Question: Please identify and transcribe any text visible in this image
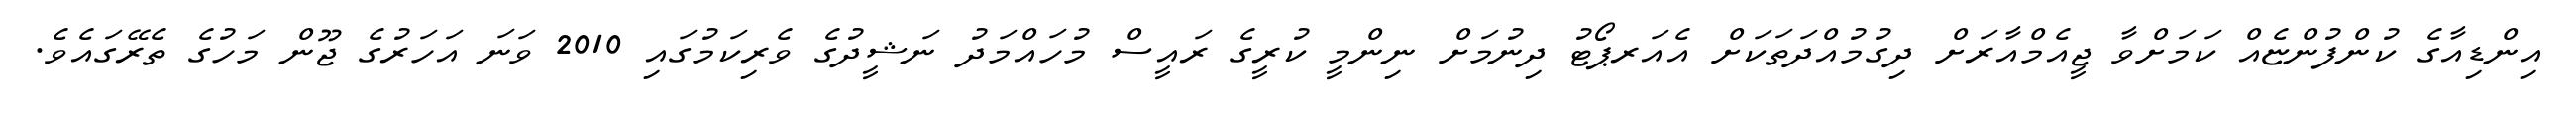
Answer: އިންޑިއާގެ ކުންފުންޏެއް ކަމަށްވާ ޖީއެމްއާރަށް ދިގުމުއްދަތަކަށް އެއަރޕޯޓު ދިނުމަށް ނިންމީ ކުރީގެ ރައީސް މުހައްމަދު ނަޝީދުގެ ވެރިކަމުގައި 2010 ވަނަ އަހަރުގެ ޖޫން މަހުގެ ތެރޭގައެވެ.